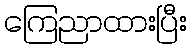
ကြေညာထားပြီး